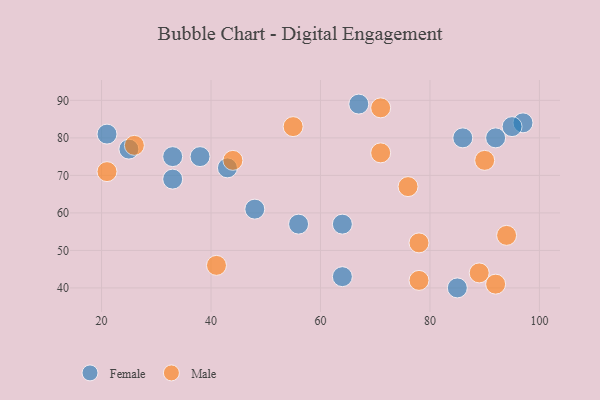
{"axis": {"x": "GDP", "y": "Life Expectancy"}, "legend": ["Female", "Male"], "data": [{"x": "25", "y": 77, "type": "Female"}, {"x": "33", "y": 75, "type": "Female"}, {"x": "64", "y": 43, "type": "Female"}, {"x": "85", "y": 40, "type": "Female"}, {"x": "97", "y": 84, "type": "Female"}, {"x": "48", "y": 61, "type": "Female"}, {"x": "95", "y": 83, "type": "Female"}, {"x": "43", "y": 72, "type": "Female"}, {"x": "67", "y": 89, "type": "Female"}, {"x": "56", "y": 57, "type": "Female"}, {"x": "86", "y": 80, "type": "Female"}, {"x": "92", "y": 80, "type": "Female"}, {"x": "64", "y": 57, "type": "Female"}, {"x": "21", "y": 81, "type": "Female"}, {"x": "33", "y": 69, "type": "Female"}, {"x": "38", "y": 75, "type": "Female"}, {"x": "92", "y": 41, "type": "Male"}, {"x": "71", "y": 76, "type": "Male"}, {"x": "44", "y": 74, "type": "Male"}, {"x": "41", "y": 46, "type": "Male"}, {"x": "21", "y": 71, "type": "Male"}, {"x": "76", "y": 67, "type": "Male"}, {"x": "94", "y": 54, "type": "Male"}, {"x": "78", "y": 52, "type": "Male"}, {"x": "55", "y": 83, "type": "Male"}, {"x": "89", "y": 44, "type": "Male"}, {"x": "78", "y": 42, "type": "Male"}, {"x": "90", "y": 74, "type": "Male"}, {"x": "71", "y": 88, "type": "Male"}, {"x": "26", "y": 78, "type": "Male"}]}